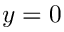
y = 0